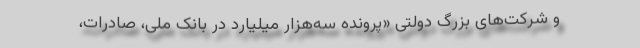
و شرکت‌های بزرگ دولتی «پرونده سه‌هزار میلیارد در بانک ملی‌، صادرات‌،